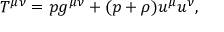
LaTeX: T ^ { \mu \nu } = p g ^ { \mu \nu } + ( p + \rho ) u ^ { \mu } u ^ { \nu } ,